Annual report of the Punjab Veterinary College and of the Civil Veterinary Department, Punjab - 1894-1908
Year: 1894
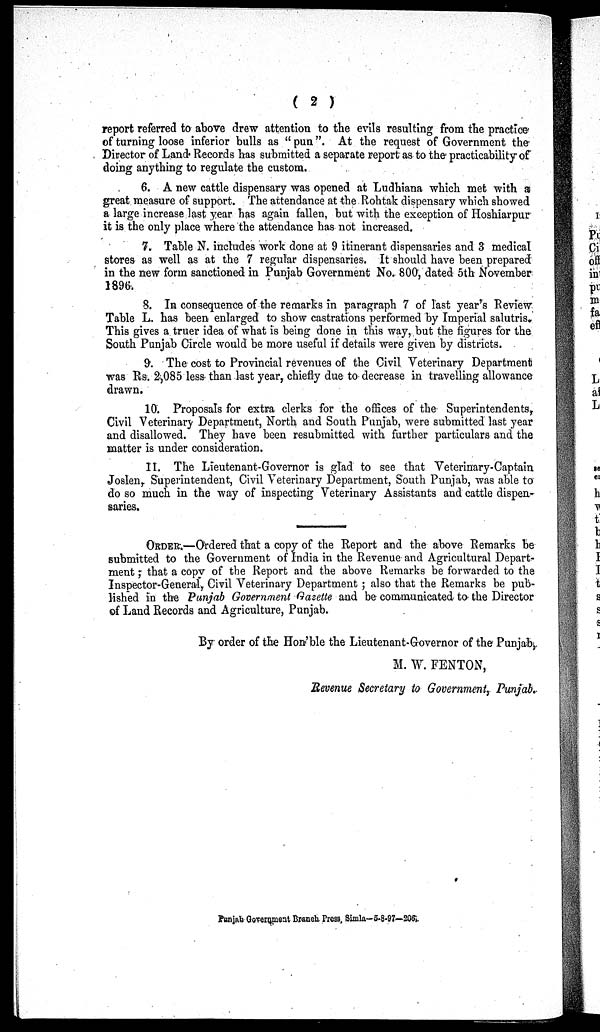
( 2 )
report referred to above drew attention to the evils resulting from the practice
of turning loose inferior bulls as "pun". At the request of Government the
Director of Land Records has submitted a separate report as to the practicability of
doing anything to regulate the custom.
6. A new cattle dispensary was opened at Ludhiana which met with a
great measure of support. The attendance at the Rohtak dispensary which showed
a large increase last year has again fallen, but with the exception of Hoshiarpur
it is the only place where the attendance has not increased.
7. Table N. includes work done at 9 itinerant dispensaries and 3 medical
stores as well as at the 7 regular dispensaries. It should have been prepared
in the new form sanctioned in Punjab Government No. 800, dated 5th November
1896.
8. In consequence of the remarks in paragraph 7 of last year's Review
Table L. has been enlarged to show castrations performed by Imperial salutris.
This gives a truer idea of what is being done in this way, but the figures for the
South Punjab Circle would be more useful if details were given by districts.
9. The cost to Provincial revenues of the Civil Veterinary Department
was Rs. 2,085 less than last year, chiefly due to decrease in travelling allowance
drawn.
10. Proposals for extra clerks for the offices of the Superintendents,
Civil Veterinary Department, North and South Punjab, were submitted last year
and disallowed. They have been resubmitted with further particulars and the
matter is under consideration.
It. The Lieutenant-Governor is glad to see that Veterinary-Captain
Joslen, Superintendent, Civil Veterinary Department, South Punjab, was able to
do so much in the way of inspecting Veterinary Assistants and cattle dispen-
saries.
ORDER.—Ordered that a copy of the Report and the above Remarks be
submitted to the Government of India in the Revenue and Agricultural Depart-
ment; that a copy of the Report and the above Remarks be forwarded to the
Inspector-General, Civil Veterinary Department; also that the Remarks be pub-
lished in the Punjab Government Gazette and be communicated to the Director
of Land Records and Agriculture, Punjab.
By order of the Hon'ble the Lieutenant-Governor of the Punjab,
M. W. FENTON,
Revenue Secretary to Government, Punjab.
Punjab Government Branch Press, Simla—5-8-97—206.